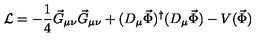
{ \cal L } = - \frac { 1 } { 4 } \vec { G } _ { \mu \nu } \vec { G } _ { \mu \nu } + ( D _ { \mu } \vec { \Phi } ) ^ { \dagger } ( D _ { \mu } \vec { \Phi } ) - V ( \vec { \Phi } )